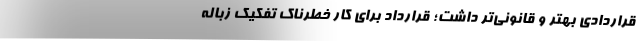
قراردادی بهتر و قانونی‌تر داشت؛ قرارداد برای کار خطرناک تفکیک زباله